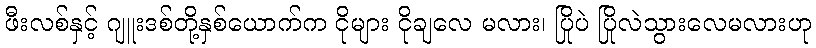
ဖီးလစ်နှင့် ဂျူးဒစ်တို့နှစ်ယောက်က ငိုများ ငိုချလေ မလား၊ ပြိုပဲ ပြိုလဲသွားလေမလားဟု